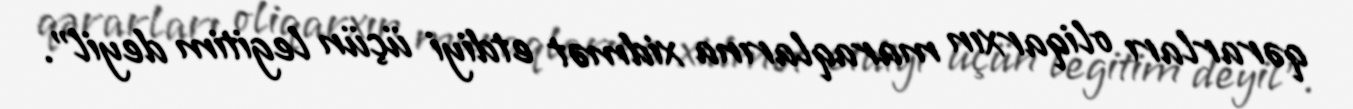
qərarları oliqarxın maraqlarına xidmət etdiyi üçün legitim deyil”.